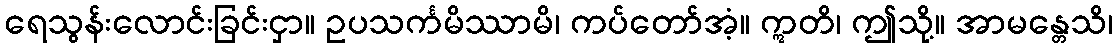
ရေသွန်းလောင်းခြင်းငှာ။ ဥပသင်္ကမိဿာမိ၊ ကပ်တော်အံ့။ ဣတိ၊ ဤသို့။ အာမန္တေသိ၊